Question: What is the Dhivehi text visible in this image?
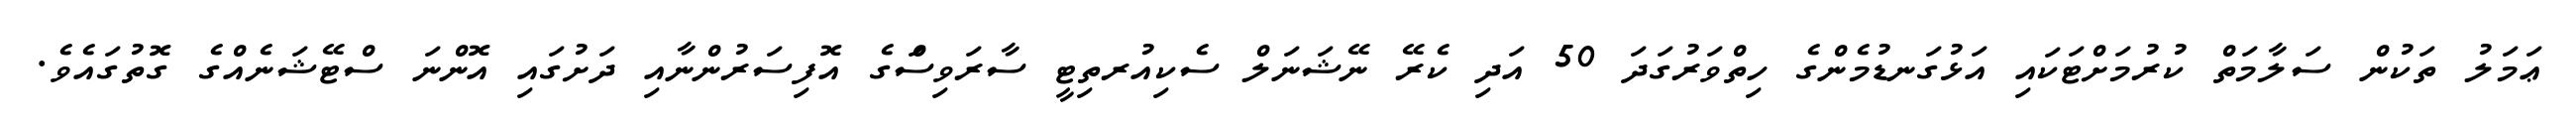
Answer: ޢަމަލު ތަކުން ސަލާމަތް ކުރުމަށްޓަކައި އަޅުގަނޑުމެންގެ ހިތްވަރުގަދަ 50 އަދި ކެރޭ ނޭޝަނަލް ސެކިއުރތިޓީ ސާރަވިސްަގެ އޮފިސަރުންނާއި ދަށުގައި އޮންނަ ސްޓޭޝަނެއްގެ ގޮތުގައެވެ.